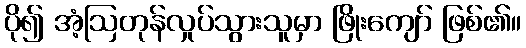
ပို၍ အံ့ဩတုန်လှုပ်သွားသူမှာ ဖြိုးကျော် ဖြစ်၏။